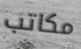
مكاتب